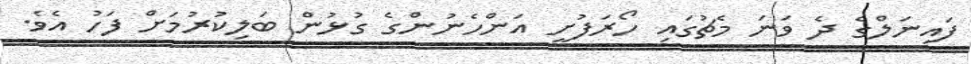
ފައިނަލްގެ ދެ ވަނަ މެޗުގައި ހޯރަފުށީ އަންހެނުންގެ ގުޅުން ބަލިކުރުމަށް ފަހު އެވެ.